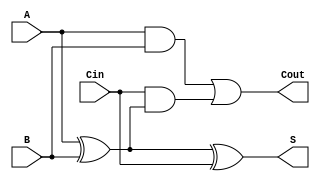
module full_adder (
    input wire A,     // First input bit
    input wire B,     // Second input bit
    input wire Cin,   // Carry input from the previous less significant bit
    output wire S,    // Sum output
    output wire Cout   // Carry output
);

// Internal wires for intermediate signals
wire A_xor_B;

// Compute the Sum output
assign A_xor_B = A ^ B;         // A XOR B
assign S = A_xor_B ^ Cin;       // S = A XOR B XOR Cin

// Compute the Carry output
assign Cout = (A & B) | (Cin & A_xor_B); // Cout = (A AND B) OR (Cin AND (A XOR B))

endmodule